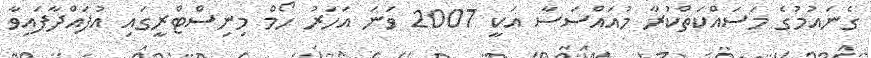
ގެނައުމުގެ މަސައްކަތްކުރާ މުއައްސަސާ އަކީ 2007 ވަނަ އަހަރު ހޯމް މިނިސްޓްރީގައި އުފައްދާފައިވާ